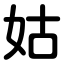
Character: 姑